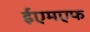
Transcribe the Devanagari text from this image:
ईएमएफ